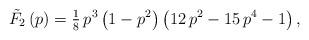
LaTeX: \begin{align*}\tilde{{F}}_{2}\left( p\right) ={\tfrac{1}{8}}\,p^{3}\left( {1-p^{2}}\right)\left( {12\,p^{2}-15\,p^{4}-1}\right), \end{align*}